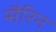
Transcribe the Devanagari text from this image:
सैरिन